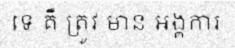
ទេ គឺ ត្រូវ មាន អង្គការ